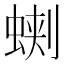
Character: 𧌥